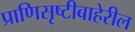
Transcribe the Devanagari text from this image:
प्राणिसृष्टीबाहेरील